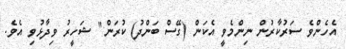
އެހެންވެ ސަރުކާރުން ނިންމެވީ އެކަން (ގޭސް ބަންދު) ކުރަން" ޝަހީރު ވިދާޅުވި އެވެ.